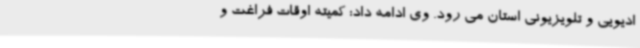
ادیویی و تلویزیونی استان می رود. وی ادامه داد: کمیته اوقات فراغت و